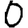
Digit: 0